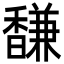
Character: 馦